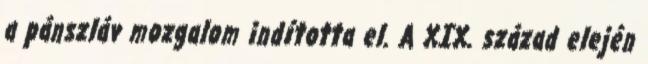
a pánszláv mozgalom indította el. A XIX. század elején